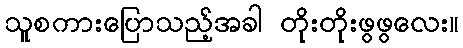
သူစကားပြောသည့်အခါ တိုးတိုးဖွဖွလေး။